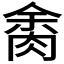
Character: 𦛝